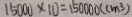
1 5 0 0 0 \times 1 0 = 1 5 0 0 0 0 ( c m ^ { 3 } )